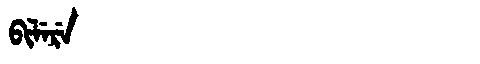
Manchu: ᠪᡳᠯᡝᡵᡝ
Romanization: BILERE